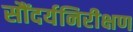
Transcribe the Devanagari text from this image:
सौंदर्यनिरीक्षण